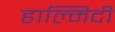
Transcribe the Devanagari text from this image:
हाल्मिदी